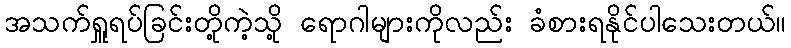
အသက်ရှူရပ်ခြင်းတို့ကဲ့သို့ ရောဂါများကိုလည်း ခံစားရနိုင်ပါသေးတယ်။